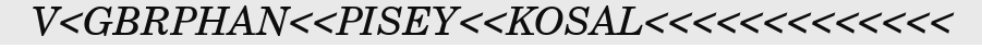
V<GBRPHAN<<PISEY<<KOSAL<<<<<<<<<<<<<